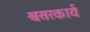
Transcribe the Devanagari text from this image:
श्वसरकार्य